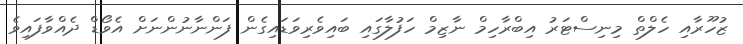
ޒުހޫރާއި ހެލްތް މިނިސްޓަރު އިބްރާހިމް ނާޒިމް ހަފުލާގައި ބައިވެރިވަޑައިގެން ފަންނާނުންނަށް އެވޯޑް ދެއްވާފައިވެ